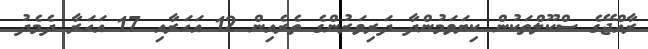
ރާއްޖޭގެ ސްކޫލްތަކުން ކިޔަވަމުންދާ ދަރިވަރުންގެ ތެރެއިން 12 އަހަރާއި 17 އަހަރާ ދެމެދު